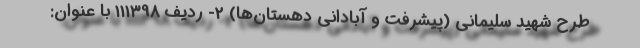
طرح شهید سلیمانی (پیشرفت و آبادانی دهستان­ها) 2- ردیف 111398 با عنوان: